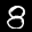
Label: 8